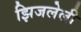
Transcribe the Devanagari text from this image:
झिजलेली